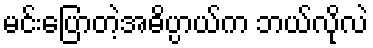
မင်းပြောတဲ့အဓိပ္ပာယ်က ဘယ်လိုလဲ